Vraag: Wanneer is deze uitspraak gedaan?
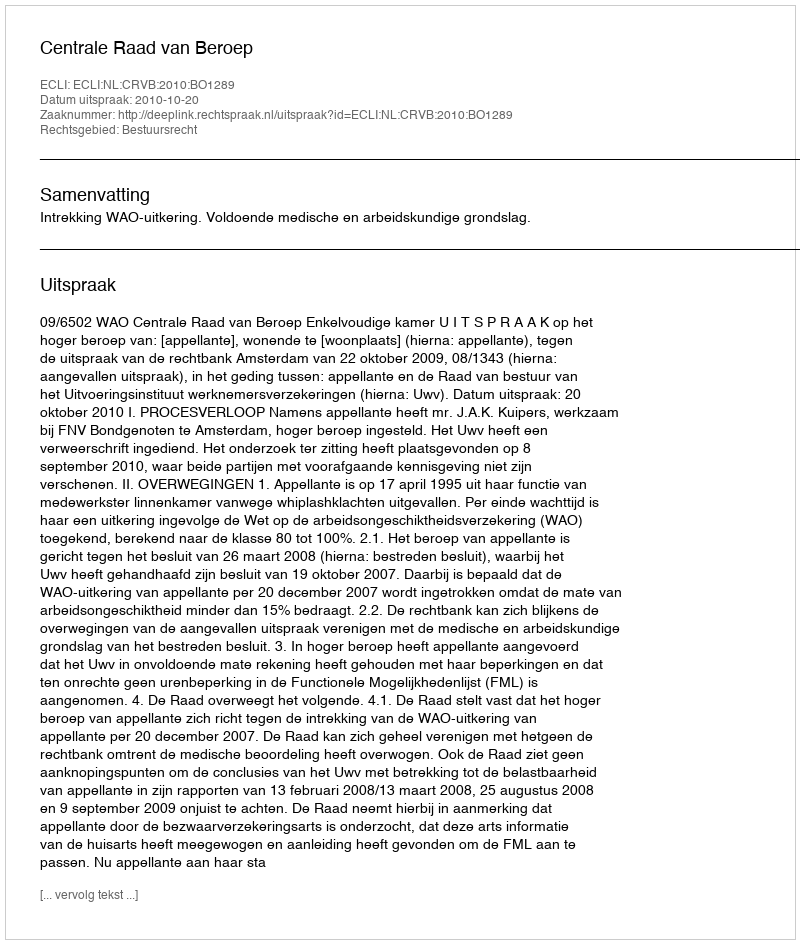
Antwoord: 2010-10-20